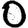
Digit: 0